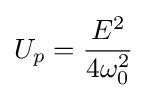
U_{p}={\frac {E^{2}}{4\omega _{0}^{2}}}